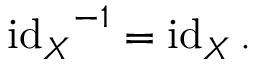
{ \operatorname { i d } _ { X } } ^ { - 1 } = \operatorname { i d } _ { X } .